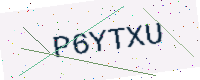
Text: P6YTXU